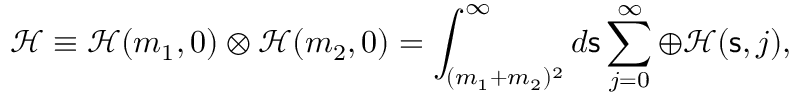
{ \mathcal H } \equiv { \mathcal H } ( m _ { 1 } , 0 ) \otimes { \mathcal H } ( m _ { 2 } , 0 ) = \int _ { ( m _ { 1 } + m _ { 2 } ) ^ { 2 } } ^ { \infty } d { \mathsf { s } } \sum _ { j = 0 } ^ { \infty } \oplus { \mathcal H } ( { \mathsf { s } } , j ) ,